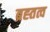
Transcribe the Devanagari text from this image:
ब्रह्तत्व